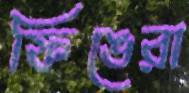
ফিঙেরা